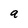
Character: a